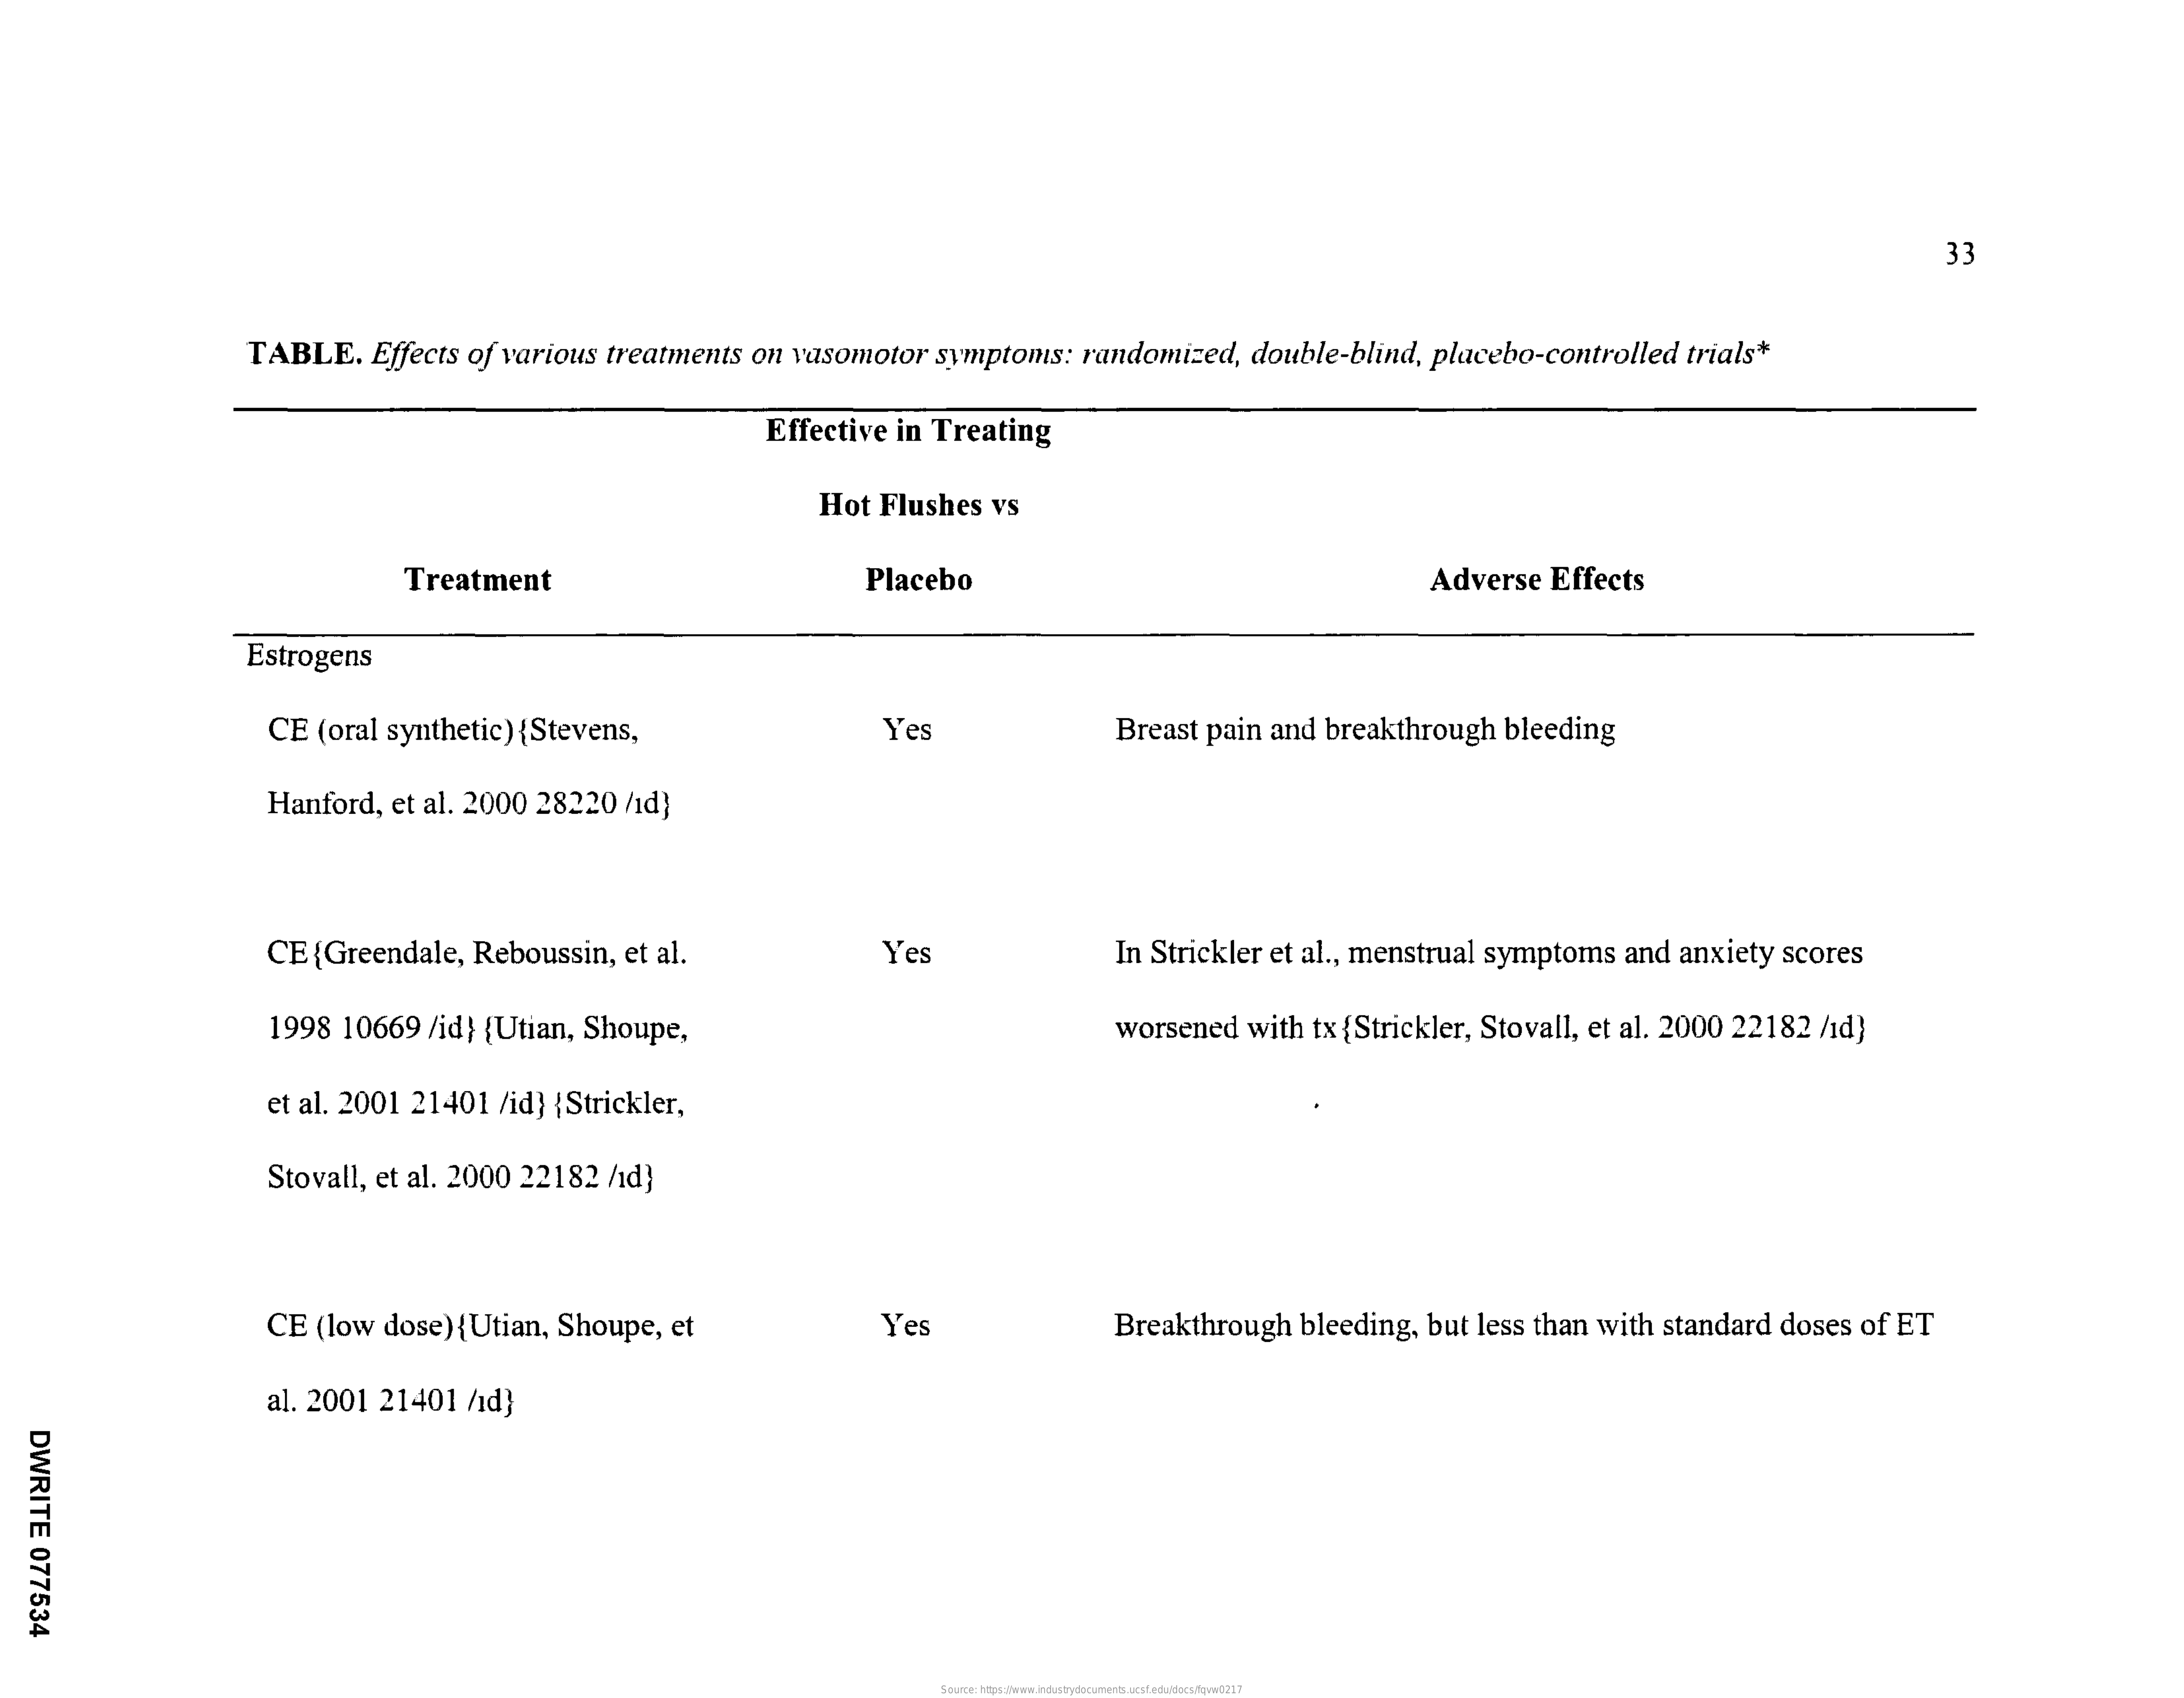
33
     TABLE.  Effects of various treatments on vasomotor symptoms: randomized, double-blind, placebo-controlled trials*
     Effective in Treating
     Hot Flushes vs
     Treatment    Placebo    Adverse Effects
     Estrogens
     CE (oral synthetic) {Stevens,    Yes    Breast pain and breakthrough bleeding
     Hanford, et al. 2000 28220 /1d}
     CE {Greendale, Reboussin, et al.    Yes    In Strickler et al ., menstrual symptoms and anxiety scores
     1998 10669 /id} {Utian, Shoupe,    worsened with tx {Strickler, Stovall, et al. 2000 22182 /1d}
     et al. 2001 21401 /id} { Strickler,
     Stovall, et al. 2000 22182 /1d}
     CE (low dose) {Utian, Shoupe, et    Yes    Breakthrough bleeding, but less than with standard doses of ET
     al. 2001 21401 /id}
  DWRITE
  077534
     Source: https://www.industrydocuments.ucsf.edu/docs/fqvw0217